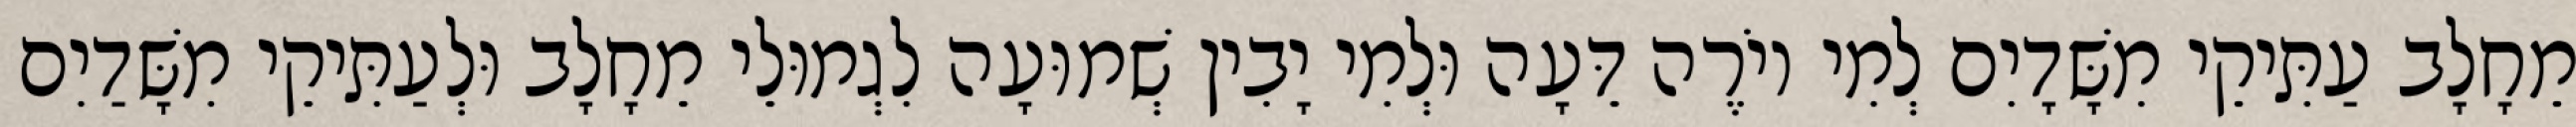
מֵחָלָב עַתִּיקֵי מִשָּׁדָיִם לְמִי יוֹרֶה דֵּעָה וּלְמִי יָבִין שְׁמוּעָה לִגְמוּלֵי מֵחָלָב וּלְעַתִּיקֵי מִשָּׁדַיִם